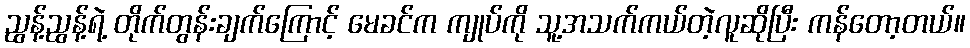
ညွန့်ညွန့်ရဲ့ တိုက်တွန်းချက်ကြောင့် မေခင်က ကျုပ်ကို သူ့အသက်ကယ်တဲ့လူဆိုပြီး ကန်တော့တယ်။